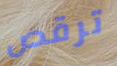
ترقص